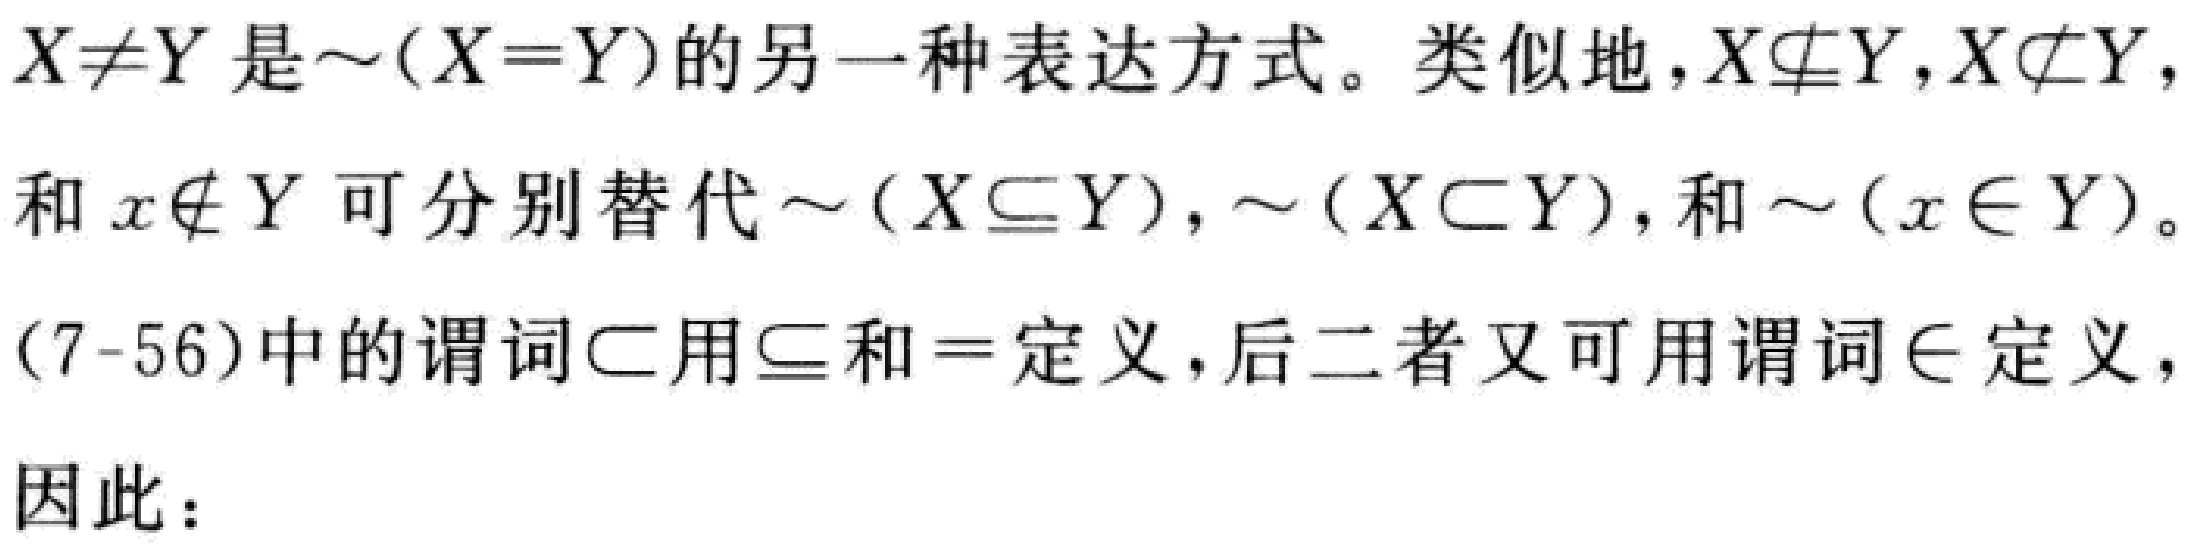
$X\neq Y$是$\sim(X = Y)$的另一种表达方式。类似地，$X\nsubseteq Y,X\not\subset Y,$和$x\notin Y$可分别替代$\sim(X\subseteq Y),\sim(X\subset Y),$和$\sim(x\in Y)$。
(7 - 56)中的谓词$\subset$用$\subseteq$和$=$定义，后二者又可用谓词$\in$定义，
因此：